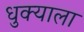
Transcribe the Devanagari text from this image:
धुक्‍याला